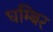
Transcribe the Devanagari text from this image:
घम्बिर